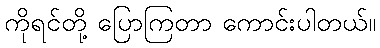
ကိုရင်တို့ ပြောကြတာ ကောင်းပါတယ်။